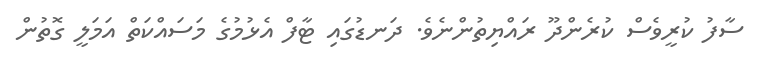
ސާފު ކުރީވެސް ކުރެންދޫ ރައްޔިތުންނެވެ. ދަނޑުގައި ޓާފް އެޅުމުގެ މަސައްކަތް އަމަލީ ގޮތުން